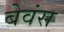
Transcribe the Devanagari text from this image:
बेवंस